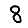
Digit: 8